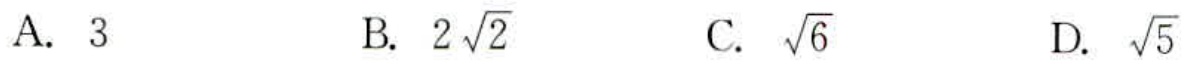
A. \(3\)

B. \(2\sqrt{2}\)

C. \(\sqrt{6}\)

D. \(\sqrt{5}\)